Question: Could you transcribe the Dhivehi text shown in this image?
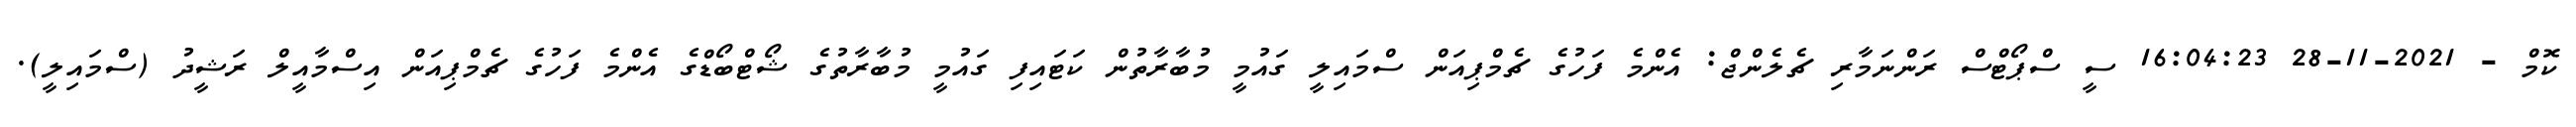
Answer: ކޮމް - 2021-11-28 16:04:23 ސީ ސްޕޯޓްސް ރަންނަމާރި ޗެލެންޖް: އެންމެ ފަހުގެ ޗެމްޕިއަން ސްމައިލީ ގައުމީ މުބާރާތުން ކަޓައިފި ގައުމީ މުބާރާތުގެ ޝޯޓްބޯޑްގެ އެންމެ ފަހުގެ ޗެމްޕިއަން އިސްމާއީލް ރަޝީދު (ސްމައިލީ).